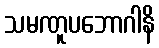
သမဏူပဘောဂါနိ